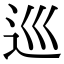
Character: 巡